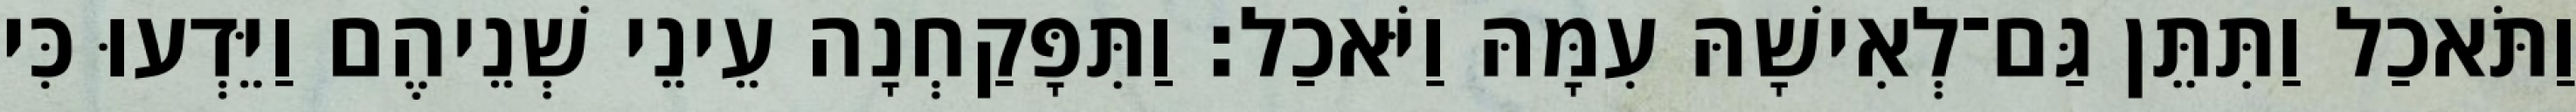
וַתֹּאכַל וַתִּתֵּן גַּם־לְאִישָׁהּ עִמָּהּ וַיֹּאכַל׃ וַתִּפָּקַחְנָה עֵינֵי שְׁנֵיהֶם וַיֵּדְעוּ כִּי